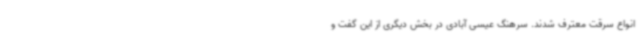
انواع سرقت معترف شدند. سرهنگ عیسی آبادی در بخش دیگری از این گفت و